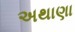
અથાણા